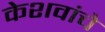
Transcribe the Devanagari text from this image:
केशवांचे